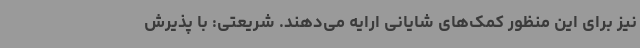
نیز برای این منظور کمک‌های شایانی ارایه می‌دهند. شریعتی: با پذیرش